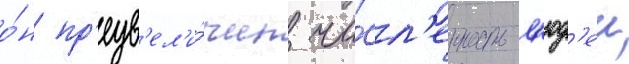
о́н пр'еув'ел'и́чил чи́сл'енность л'юд'еи